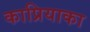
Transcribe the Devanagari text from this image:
काप्रियाका